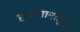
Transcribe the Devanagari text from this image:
हवामानातून